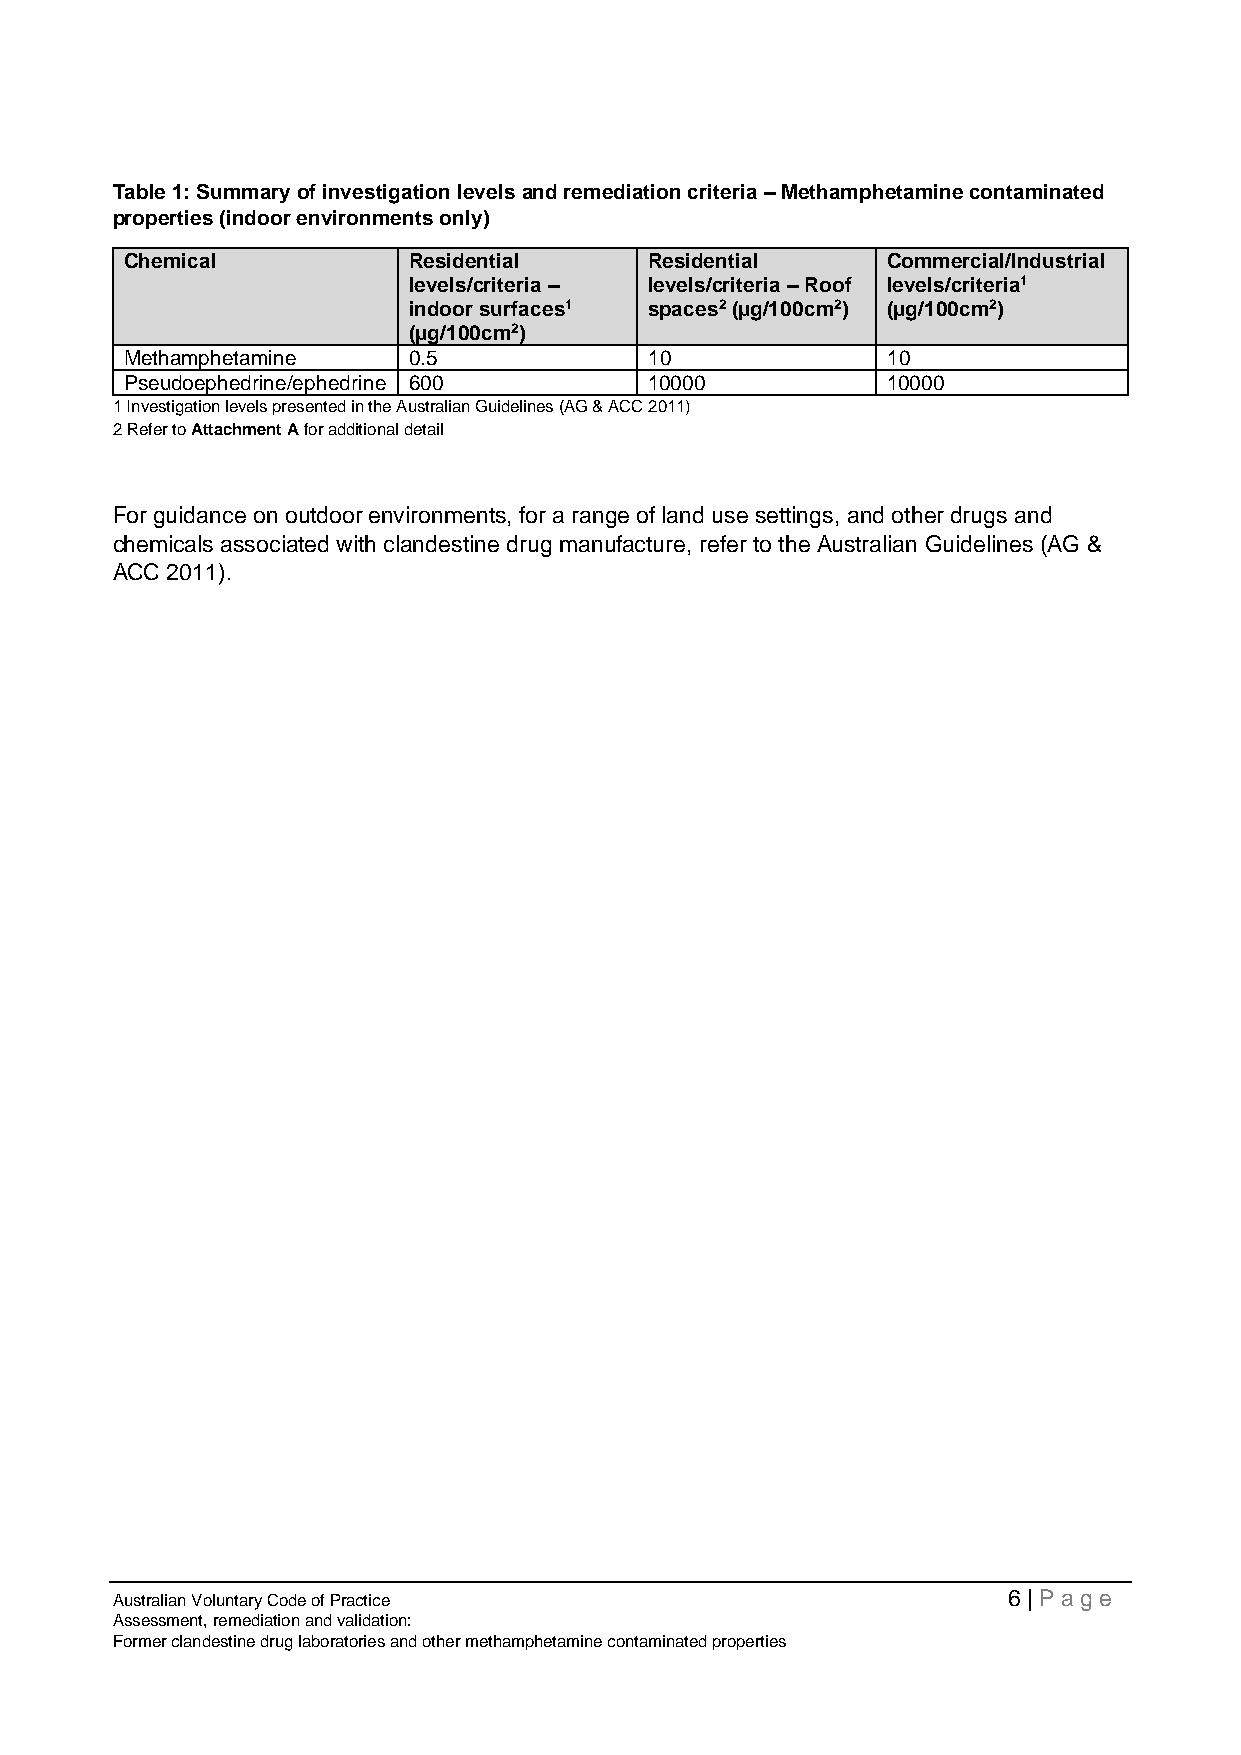
Table 1: Summary of investigation levels and remediation criteria – Methamphetamine contaminated
 properties (indoor environments only)
 Chemical           Residential     Residential     Commercial/Industrial
 levels/criteria – levels/criteria – Roof levels/criteria1
 indoor surfaces1 spaces2 (µg/100cm2) (µg/100cm2)
 (µg/100cm2)
 Methamphetamine    0.5             10              10
 Pseudoephedrine/ephedrine 600      10000           10000
 1 Investigation levels presented in the Australian Guidelines (AG & ACC 2011)
 2 Refer to Attachment A for additional detail
 For guidance on outdoor environments, for a range of land use settings, and other drugs and
 chemicals associated with clandestine drug manufacture, refer to the Australian Guidelines (AG &
 ACC 2011).
 Australian Voluntary Code of Practice                       6 | Page
 Assessment, remediation and validation:
 Former clandestine drug laboratories and other methamphetamine contaminated properties